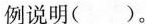
例说明()。